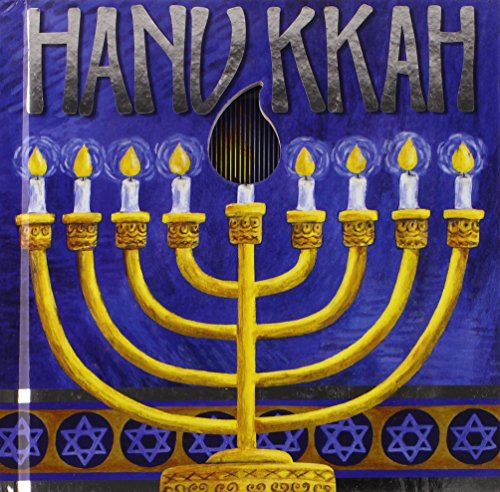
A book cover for Hanukkah: A Mini AniMotion Book; Accord Publishing; Children's Books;